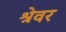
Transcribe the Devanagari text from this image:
श्रेवर